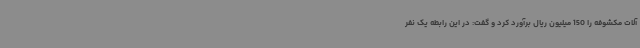
آلات مکشوفه را 150 میلیون ریال برآورد کرد و گفت: در این رابطه یک نفر